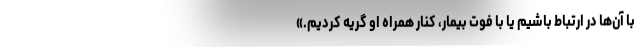
با آن‌ها در ارتباط باشیم یا با فوت بیمار، کنار همراه او گریه کردیم.»